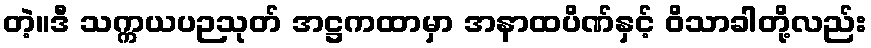
တဲ့။ဒီ သက္ကယပဉသုတ် အဋ္ဌကထာမှာ အနာထပိဏ်နှင့် ဝိသာခါတို့လည်း